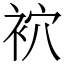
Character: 袕